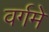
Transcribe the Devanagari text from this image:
वर्गमे